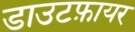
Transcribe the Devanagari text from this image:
डाउटफ़ायर